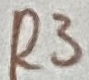
Text: R3